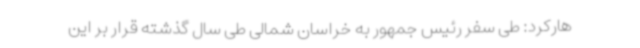
هارکرد: طی سفر رئیس جمهور به خراسان شمالی طی سال گذشته قرار بر این